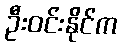
ဦးဝင်းနိုင်က